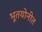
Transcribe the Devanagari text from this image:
भूतयोनीत